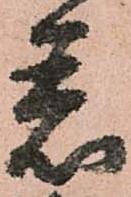
着